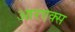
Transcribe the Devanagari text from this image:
आरएक्स